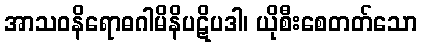
အာသဝနိရောဓဂါမိနိပဋိပဒါ၊ ယိုစီးစေတတ်သော